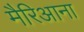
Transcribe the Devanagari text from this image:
मैरिआना